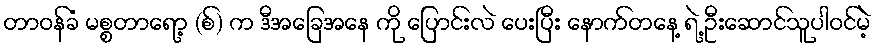
တာဝန်ခံ မစ္စတာရော့ (စ်) က ဒီအခြေအနေ ကို ပြောင်းလဲ ပေးပြီး နောက်တနေ့ ရဲ့ ဦးဆောင်သူပါဝင်မဲ့